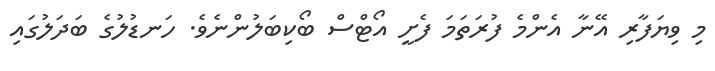
މި ވިޔަފާރި އޭނާ އެންމެ ފުރަތަމަ ފެށީ އޯޓްސް ބޯކިބަލުންނެވެ. ހަނޑުލުގެ ބަދަލުގައި